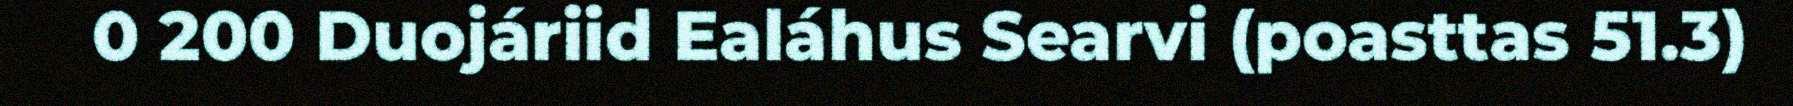
0 200 Duojáriid Ealáhus Searvi (poasttas 51.3)